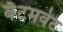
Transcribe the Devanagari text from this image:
बॅंटमवेट